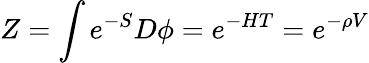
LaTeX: Z=\int e^{-S}D\phi=e^{-HT}=e^{-\rho V}